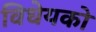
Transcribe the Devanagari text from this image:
विधेयको